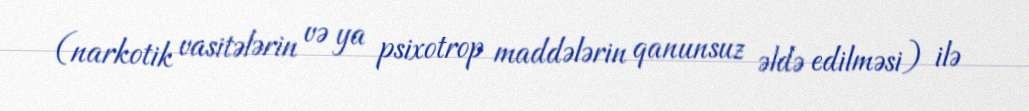
(narkotik vasitələrin və ya psixotrop maddələrin qanunsuz əldə edilməsi) ilə